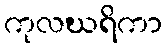
ကုလဃရိကာ